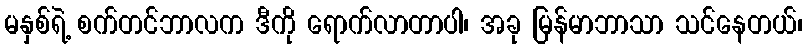
မနှစ်ရဲ့ စက်တင်ဘာလက ဒီကို ရောက်လာတာပါ၊ အခု မြန်မာဘာသာ သင်နေတယ်၊